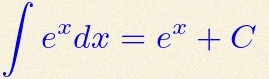
\int e^x dx=e^x+C